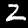
Label: 2